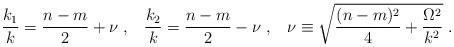
LaTeX: \begin{align*}\frac{k_1}{k} = \frac{n - m}{2} + \nu \; , \; \; \; \frac{k_2}{k} = \frac{n - m}{2} - \nu \; , \; \; \; \nu \equiv \sqrt{\frac{(n - m)^2}{4} + \frac{\Omega^2}{k^2}} \; .\end{align*}